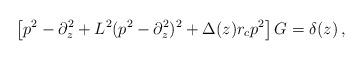
LaTeX: \begin{align*}\left[p^2-\partial^2_z+L^2(p^2-\partial_z^2)^2+\Delta(z)r_cp^2\right]G=\delta(z)\,, \end{align*}